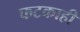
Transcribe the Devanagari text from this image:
फटकाही